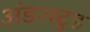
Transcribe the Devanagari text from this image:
अंडरस्टुड